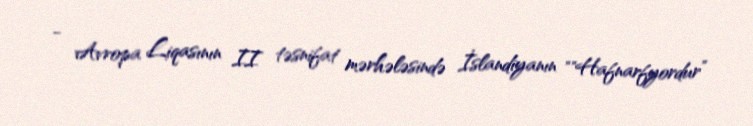
- Avropa Liqasının II təsnifat mərhələsində İslandiyanın ""Hafnarfyordur”